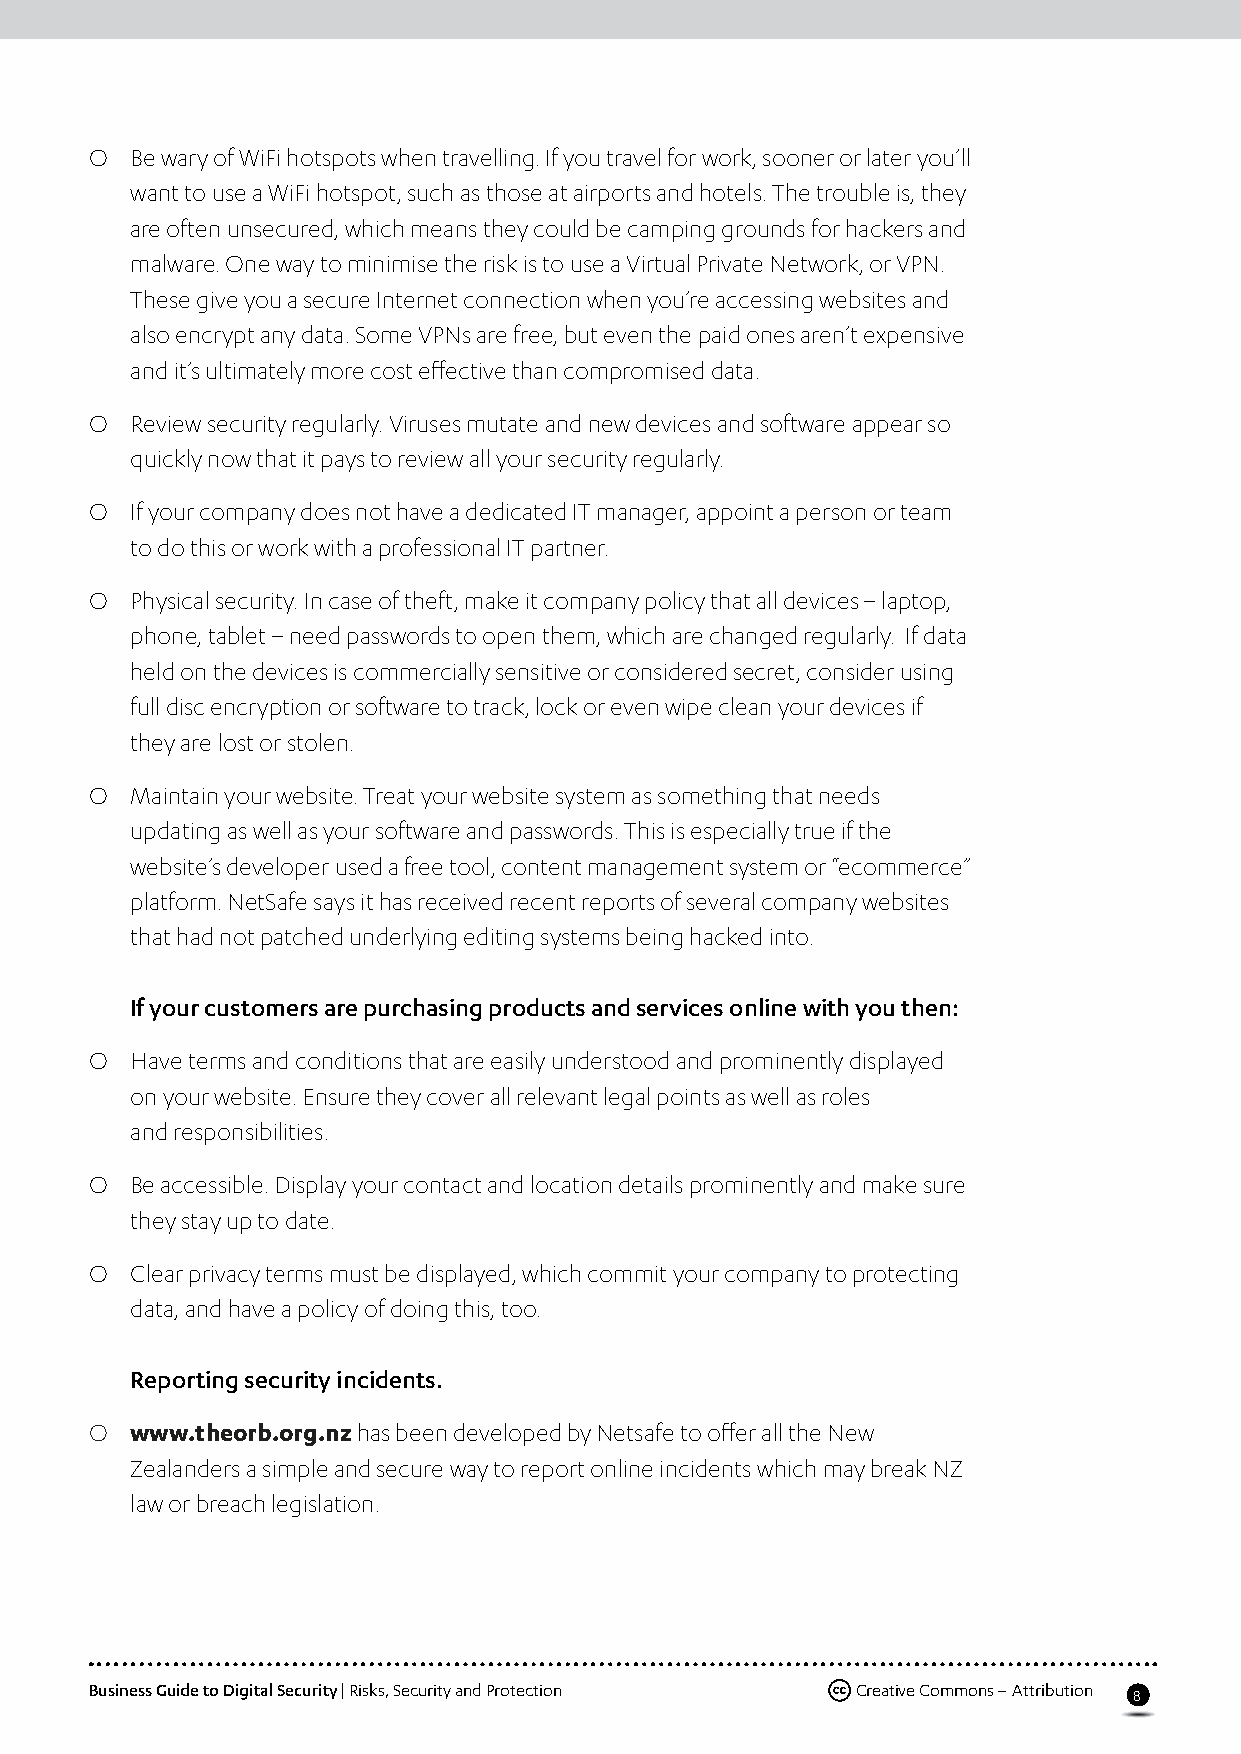
O  Be wary of WiFi hotspots when travelling. If you travel for work, sooner or later you’ll
 want to use a WiFi hotspot, such as those at airports and hotels. The trouble is, they
 are often unsecured, which means they could be camping grounds for hackers and
 malware. One way to minimise the risk is to use a Virtual Private Network, or VPN.
 These give you a secure Internet connection when you’re accessing websites and
 also encrypt any data. Some VPNs are free, but even the paid ones aren’t expensive
 and it’s ultimately more cost effective than compromised data.
 O  Review security regularly. Viruses mutate and new devices and software appear so
 quickly now that it pays to review all your security regularly.
 O  If your company does not have a dedicated IT manager, appoint a person or team
 to do this or work with a professional IT partner.
 O  Physical security. In case of theft, make it company policy that all devices – laptop,
 phone, tablet – need passwords to open them, which are changed regularly. If data
 held on the devices is commercially sensitive or considered secret, consider using
 full disc encryption or software to track, lock or even wipe clean your devices if
 they are lost or stolen.
 O  Maintain your website. Treat your website system as something that needs
 updating as well as your software and passwords. This is especially true if the
 website’s developer used a free tool, content management system or “ecommerce”
 platform. NetSafe says it has received recent reports of several company websites
 that had not patched underlying editing systems being hacked into.
 If your customers are purchasing products and services online with you then:
 O  Have terms and conditions that are easily understood and prominently displayed
 on your website. Ensure they cover all relevant legal points as well as roles
 and responsibilities.
 O  Be accessible. Display your contact and location details prominently and make sure
 they stay up to date.
 O  Clear privacy terms must be displayed, which commit your company to protecting
 data, and have a policy of doing this, too.
 Reporting security incidents.
 O  www.theorb.org.nz has been developed by Netsafe to offer all the New
 Zealanders a simple and secure way to report online incidents which may break NZ
 law or breach legislation.
 Business Guide to Digital Security | Risks, Security and Protection Creative Commons – Attribution
 8